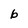
Character: b